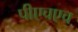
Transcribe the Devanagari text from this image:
पीएचएच